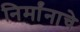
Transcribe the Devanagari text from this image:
निर्मांनाचे